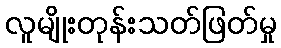
လူမျိုးတုန်းသတ်ဖြတ်မှု